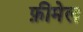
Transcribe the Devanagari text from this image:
फ़ीमेल